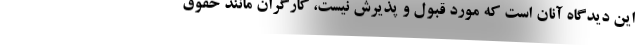
این دیدگاه آنان است که مورد قبول و پذیرش نیست، کارگران مانند حقوق